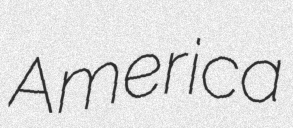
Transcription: America